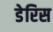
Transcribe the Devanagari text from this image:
डेरिस